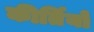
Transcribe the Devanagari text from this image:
कीर्तियों